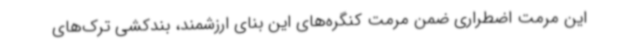
این مرمت اضطراری ضمن مرمت کنگره‌های این بنای ارزشمند، بندکشی ترک‌های